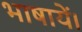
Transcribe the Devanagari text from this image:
भाषायें।